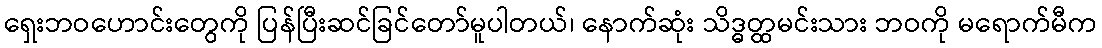
ရှေးဘဝဟောင်းတွေကို ပြန်ပြီးဆင်ခြင်တော်မူပါတယ်၊ နောက်ဆုံး သိဒ္ဓတ္ထမင်းသား ဘဝကို မရောက်မီက